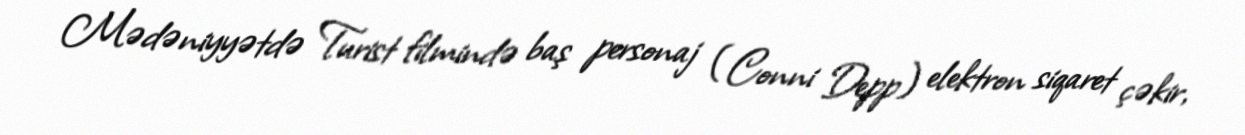
Mədəniyyətdə Turist filmində baş personaj (Conni Depp) elektron siqaret çəkir,